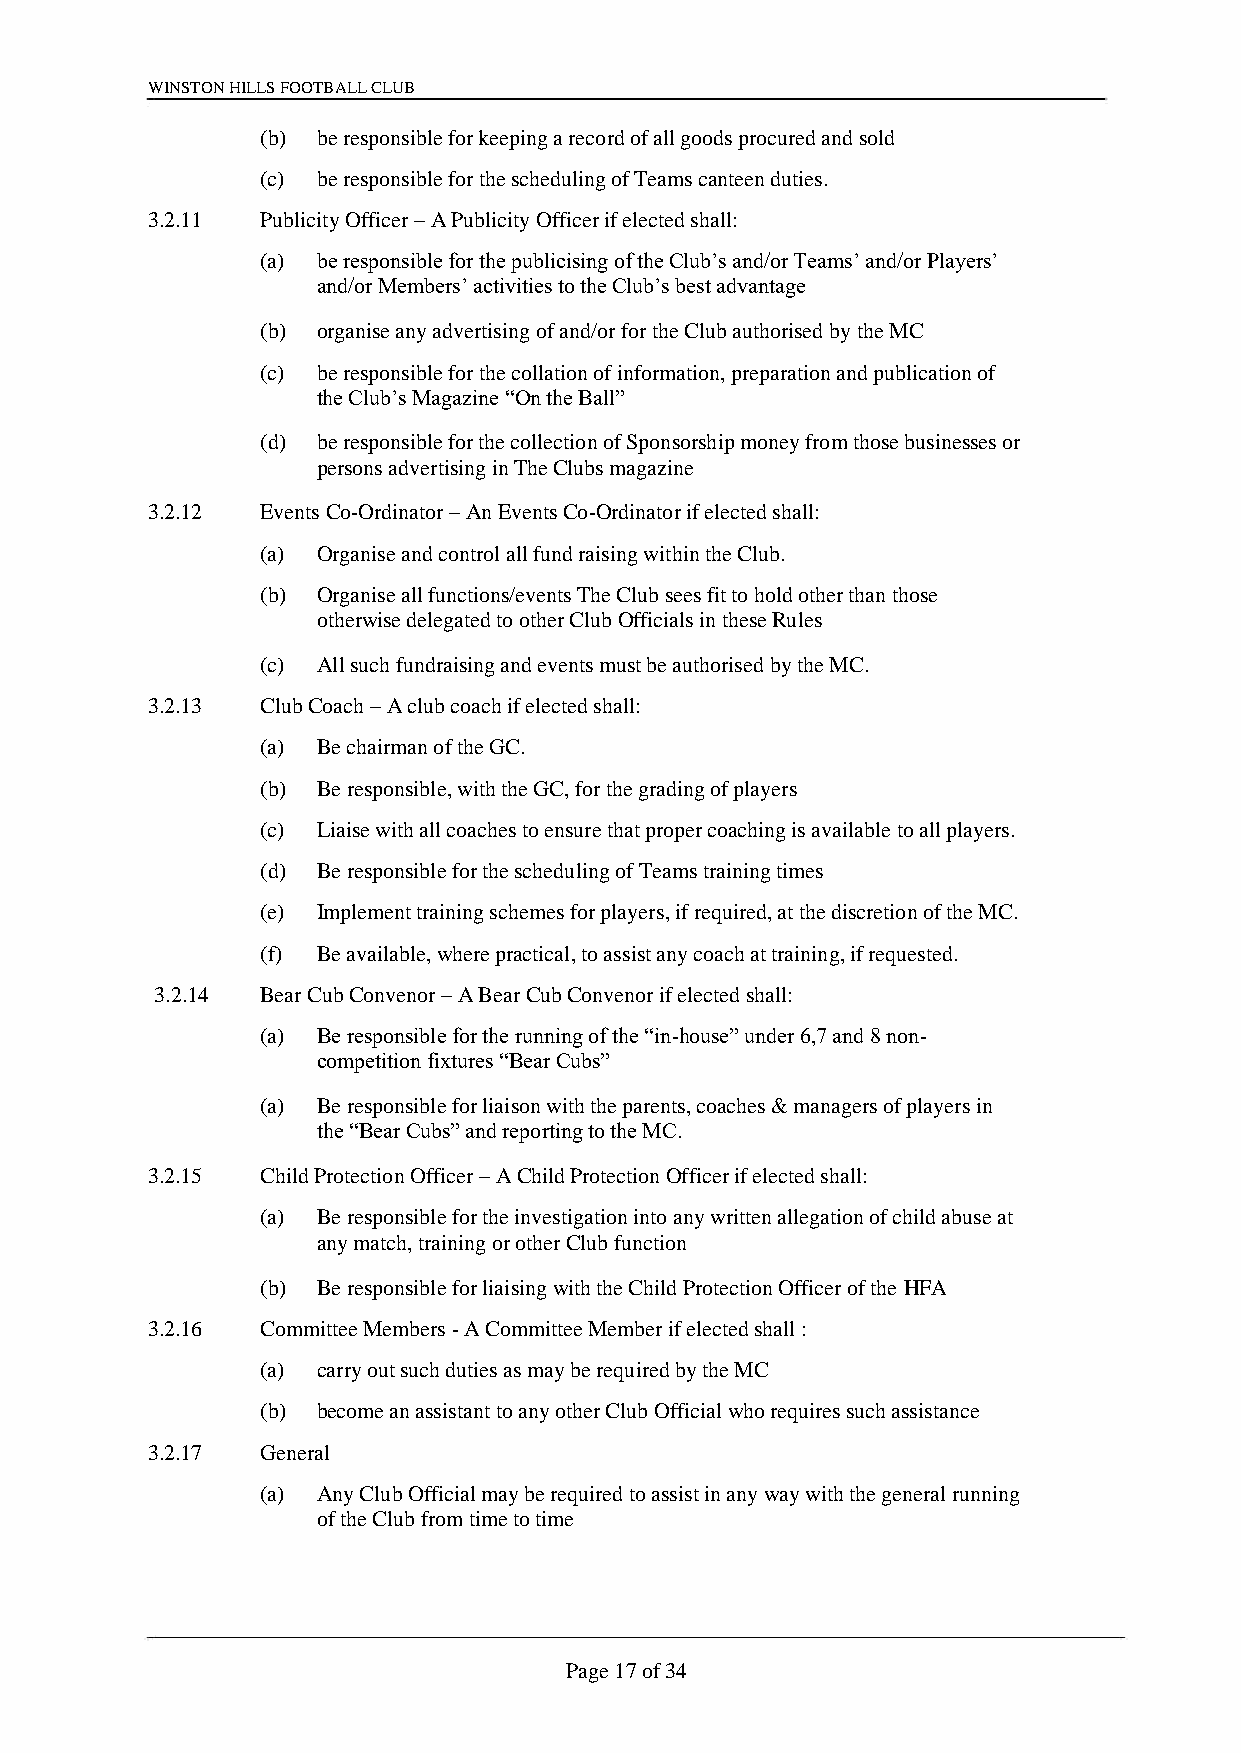
WINSTON HILLS FOOTBALL CLUB
 (b) be responsible for keeping a record of all goods procured and sold
 (c) be responsible for the scheduling of Teams canteen duties.
 3.2.11 Publicity Officer – A Publicity Officer if elected shall:
 (a) be responsible for the publicising of the Club’s and/or Teams’ and/or Players’
 and/or Members’ activities to the Club’s best advantage
 (b) organise any advertising of and/or for the Club authorised by the MC
 (c) be responsible for the collation of information, preparation and publication of
 the Club’s Magazine “On the Ball”
 (d) be responsible for the collection of Sponsorship money from those businesses or
 persons advertising in The Clubs magazine
 3.2.12 Events Co-Ordinator – An Events Co-Ordinator if elected shall:
 (a) Organise and control all fund raising within the Club.
 (b) Organise all functions/events The Club sees fit to hold other than those
 otherwise delegated to other Club Officials in these Rules
 (c) All such fundraising and events must be authorised by the MC.
 3.2.13 Club Coach – A club coach if elected shall:
 (a) Be chairman of the GC.
 (b) Be responsible, with the GC, for the grading of players
 (c) Liaise with all coaches to ensure that proper coaching is available to all players.
 (d) Be responsible for the scheduling of Teams training times
 (e) Implement training schemes for players, if required, at the discretion of the MC.
 (f) Be available, where practical, to assist any coach at training, if requested.
 3.2.14 Bear Cub Convenor – A Bear Cub Convenor if elected shall:
 (a) Be responsible for the running of the “in-house” under 6,7 and 8 non-
 competition fixtures “Bear Cubs”
 (a) Be responsible for liaison with the parents, coaches & managers of players in
 the “Bear Cubs” and reporting to the MC.
 3.2.15 Child Protection Officer – A Child Protection Officer if elected shall:
 (a) Be responsible for the investigation into any written allegation of child abuse at
 any match, training or other Club function
 (b) Be responsible for liaising with the Child Protection Officer of the HFA
 3.2.16 Committee Members - A Committee Member if elected shall :
 (a) carry out such duties as may be required by the MC
 (b) become an assistant to any other Club Official who requires such assistance
 3.2.17 General
 (a) Any Club Official may be required to assist in any way with the general running
 of the Club from time to time
 Page 17 of 34